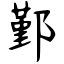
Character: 鄞